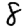
Digit: 8